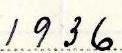
1936